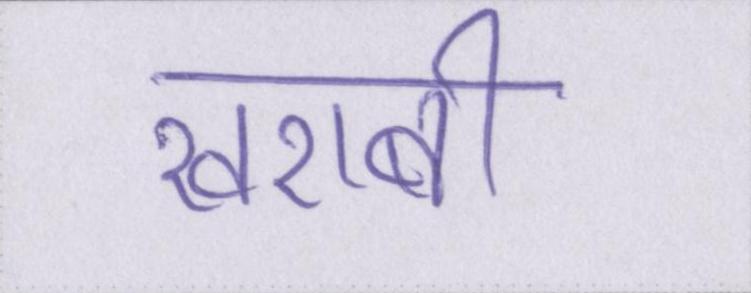
खराबी